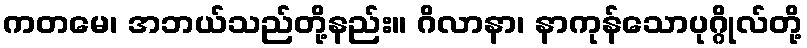
ကတမေ၊ အဘယ်သည်တို့နည်း။ ဂိလာနာ၊ နာကုန်သောပုဂ္ဂိုလ်တို့